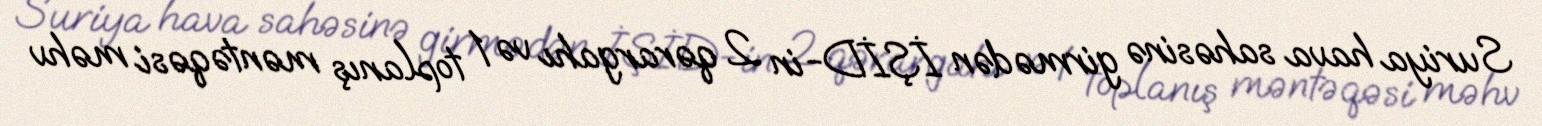
Suriya hava sahəsinə girmədən İŞİD-in 2 qərargahı və 1 toplanış məntəqəsi məhv